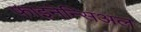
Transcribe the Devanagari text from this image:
फ़ाइनेन्सिअल